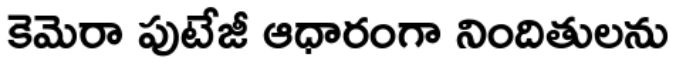
కెమెరా పుటేజీ ఆధారంగా నిందితులను